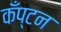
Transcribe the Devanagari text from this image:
कँप्टन